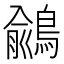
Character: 𪃎